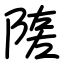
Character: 隓